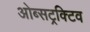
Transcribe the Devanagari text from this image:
ओब्सट्रक्टिव